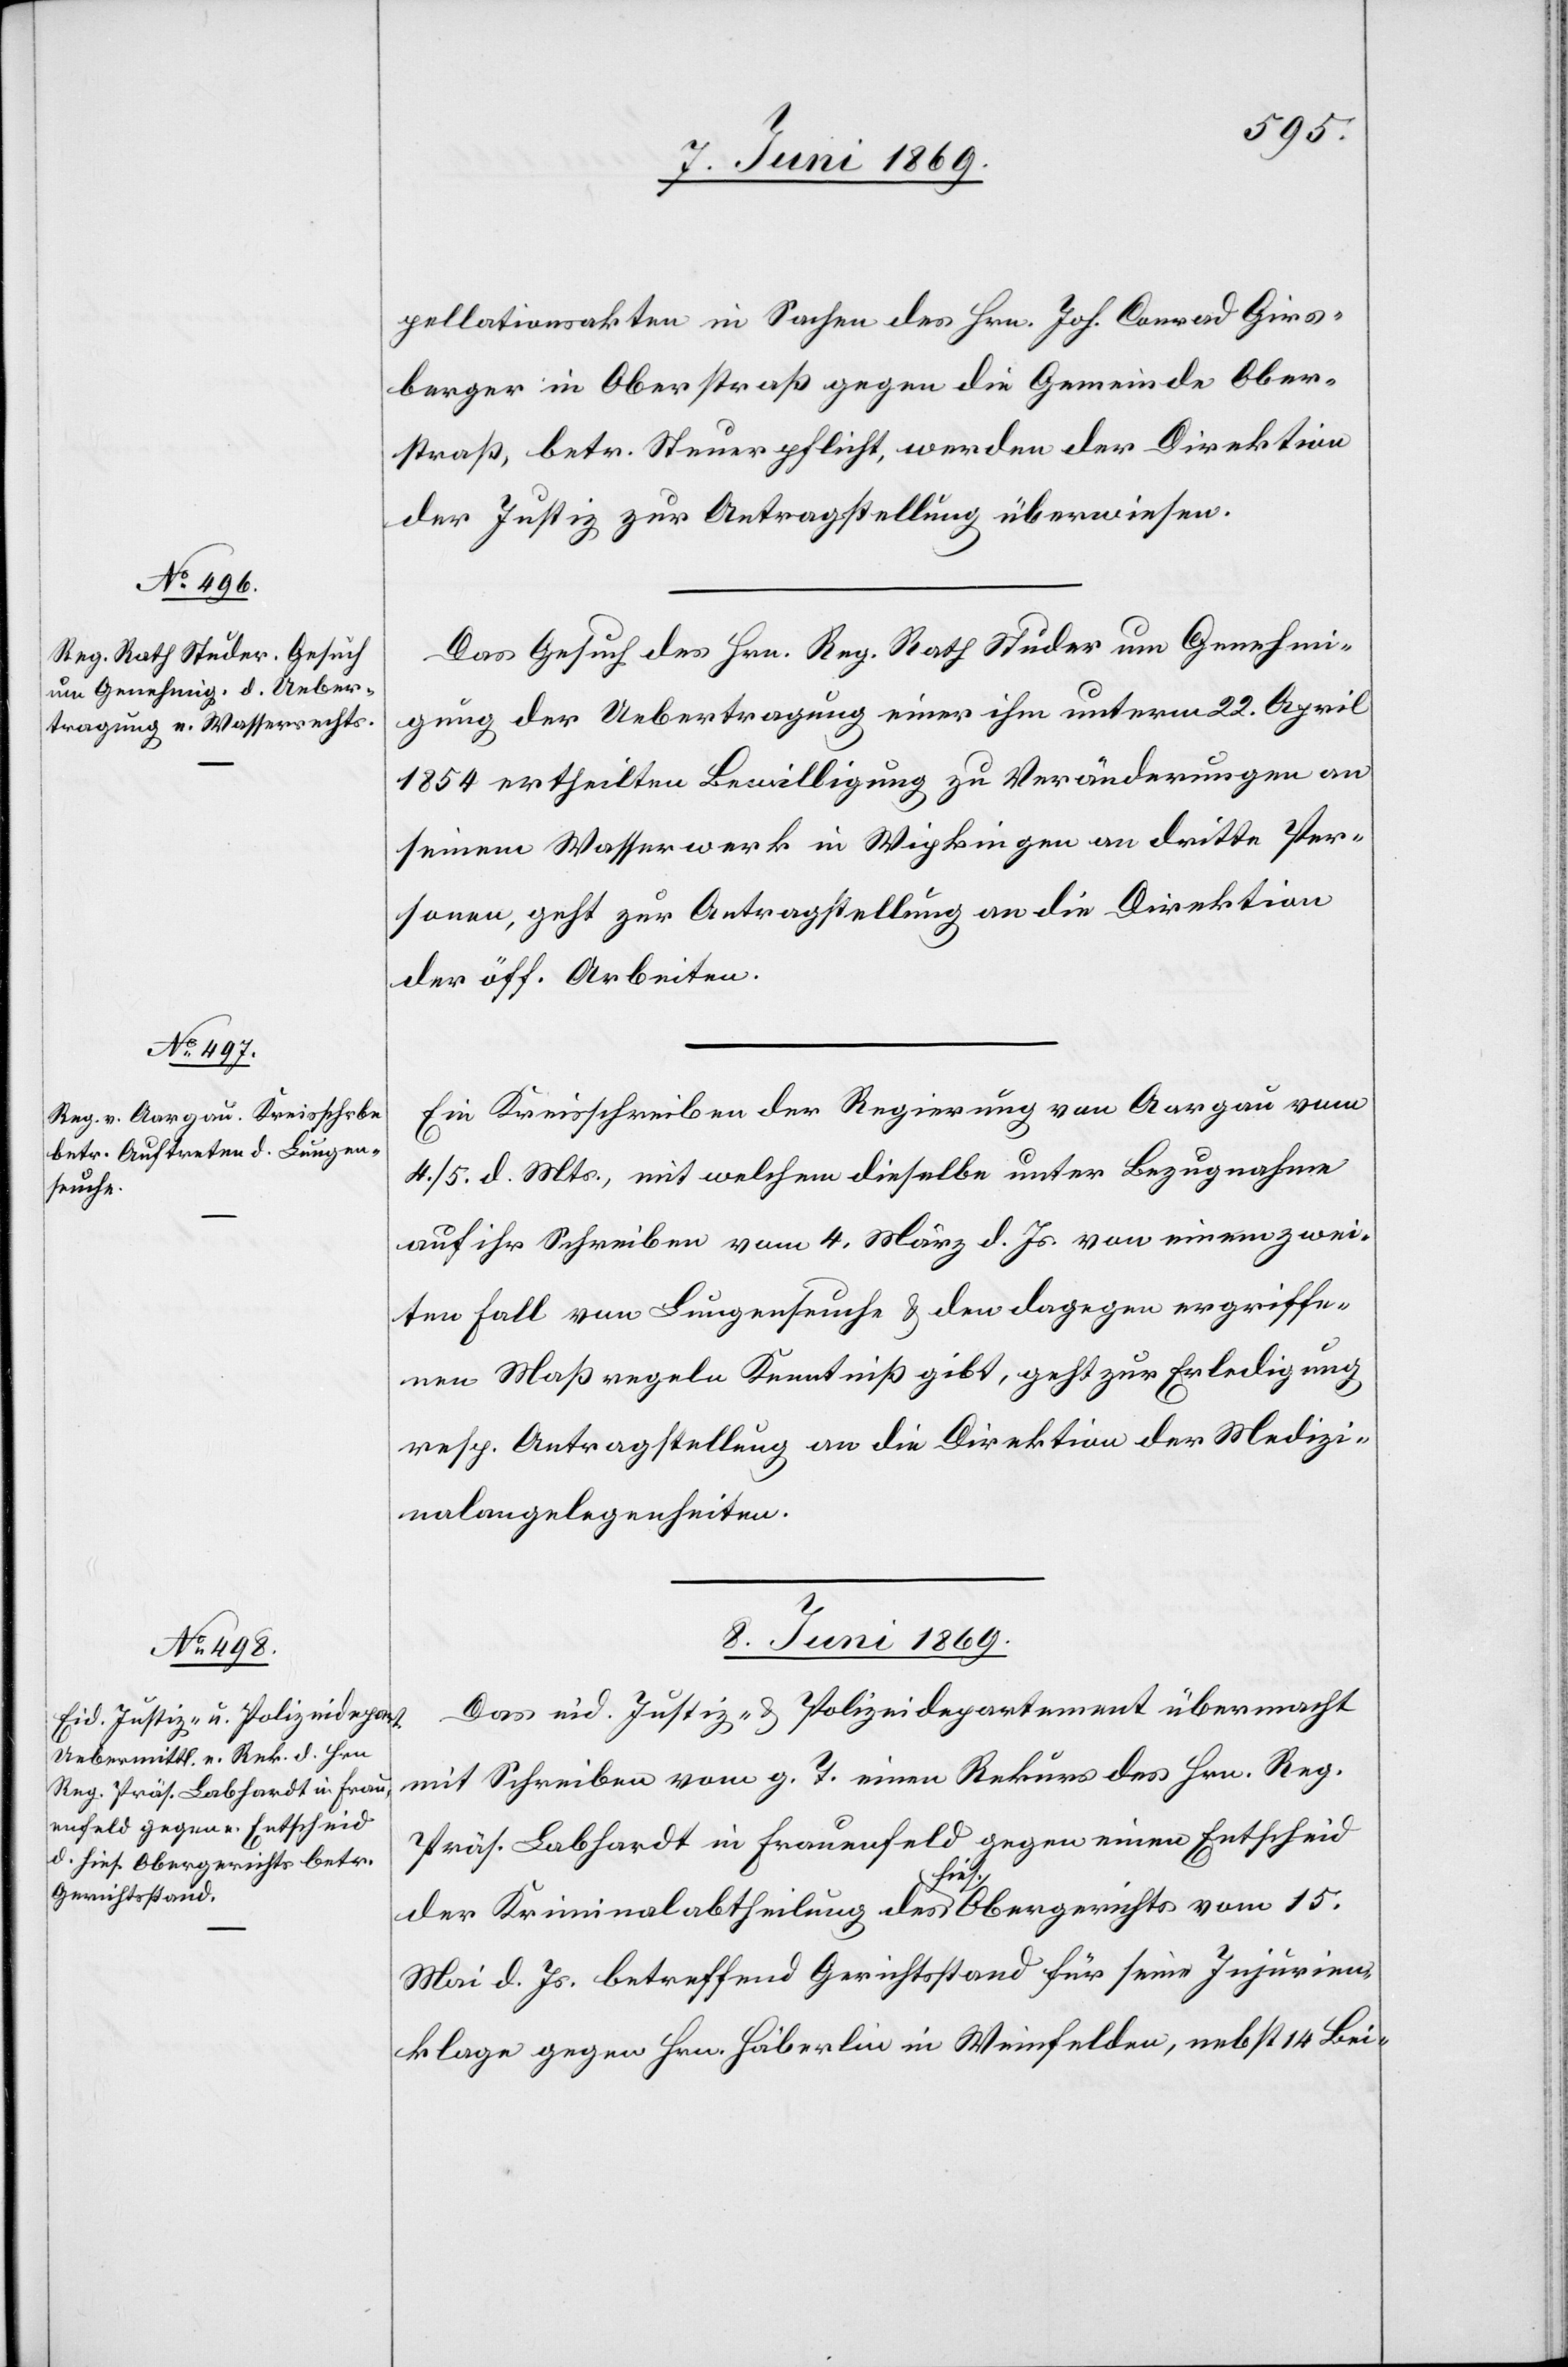
7. Juni 1869.]
pellationsakten in Sachen des Hrn. Joh. Conrad Girs¬
berger in Oberstraß gegen die Gemeinde Ober¬
straß, betr. Steuerpflicht, werden der Direktion
der Justiz zur Antragstellung überwiesen.
Das Gesuch des Hrn. Reg. Rath Studer um Genehmi¬
gung der Uebertragung einer ihm unterm 22. April
1854 ertheilten Bewilligung zu Veränderungen an
seinem Wasserwerk in Wipkingen an dritte Per¬
sonen, geht zur Antragstellung an die Direktion
der öff. Arbeiten.
Ein Kreisschreiben der Regierung von Aargau vom
4./5. d. Mts., mit welchem dieselbe unter Bezugnahme
auf ihr Schreiben vom 4. März d. Js. von einem wei¬
te[r]n Fall von Lungenseuche u. den dagegen ergriffe¬
nen Maßregeln Kenntniß gibt, geht zur Erledigung
resp. Antragstellung an die Direktion der Medizi¬
nalangelegenheiten.
8. Juni 1869.
Das eid. Justiz- u. Polizeidepartement übermacht
mit Schreiben vom g. T. einen Rekurs des Hrn. Reg.
Präs. Labhardt in Frauenfeld gegen einen Entscheid
der Kriminalabtheilung des hies. Obergerichts vom 15.
Mai d. Js. betreffend Gerichtsstand für seine Injurien¬
klage gegen Hrn. Häberlin in Weinfelden, nebst 14 Bei-